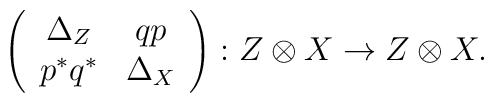
\left(\begin{array}{cc}\Delta_Z & qp\\p^*q^* & \Delta_X\end{array}\right) : Z\otimes X\to Z\otimes X.